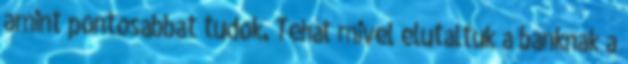
amint pontosabbat tudok. Tehát mivel elutaltuk a banknak a